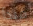
مبدأ